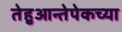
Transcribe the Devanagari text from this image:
तेहुआन्तेपेकच्या